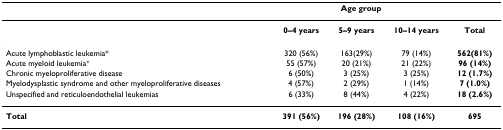
<table><thead><tr><td></td><td colspan="3"><b>Age group</b></td><td></td></tr></thead><tbody><tr><td></td><td><b>0–4 years</b></td><td><b>5–9 years</b></td><td><b>10–14 years</b></td><td><b>Total</b></td></tr><tr><td>Acute lymphoblastic leukemia*</td><td>320 (56%)</td><td>163(29%)</td><td>79 (14%)</td><td><b>562(81%)</b></td></tr><tr><td>Acute myeloid leukemia<sup>+</sup></td><td>55 (57%)</td><td>20 (21%)</td><td>21 (22%)</td><td><b>96 (14%)</b></td></tr><tr><td>Chronic myeloproliferative disease</td><td>6 (50%)</td><td>3 (25%)</td><td>3 (25%)</td><td><b>12 (1.7%)</b></td></tr><tr><td>Myelodysplastic syndrome and other myeloproliferative diseases</td><td>4 (57%)</td><td>2 (29%)</td><td>1 (14%)</td><td><b>7 (1.0%)</b></td></tr><tr><td>Unspecified and reticuloendothelial leukemias</td><td>6 (33%)</td><td>8 (44%)</td><td>4 (22%)</td><td><b>18 (2.6%)</b></td></tr><tr><td><b>Total</b></td><td><b>391 (56%)</b></td><td><b>196 (28%)</b></td><td><b>108 (16%)</b></td><td><b>695</b></td></tr></tbody></table>